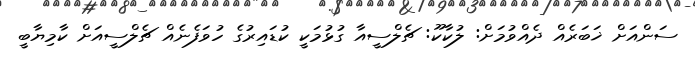
ސަންއަށް ޚަބަރެއް ދެއްވުމަށް: ލުކާކޫ: ޗެލްސީއާ ގުޅުމަކީ ކުޑައިރުގެ ހުވަފެނެއް ޗެލްސީއަށް ކާމިޔާބީ